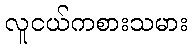
လူငယ်ကစားသမား